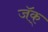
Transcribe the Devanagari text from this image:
जॅक्